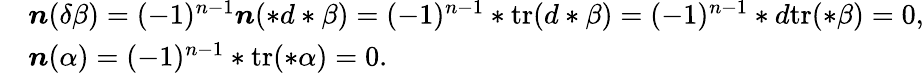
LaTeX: \begin{array}{rl}&{\boldsymbol{n}(\delta\beta)=(-1)^{n-1}\boldsymbol{n}(\ast d\ast\beta)=(-1)^{n-1}\ast\mathrm{tr}(d\ast\beta)=(-1)^{n-1}\ast d\mathrm{tr}(\ast\beta)=0,}\\ &{\boldsymbol{n}(\alpha)=(-1)^{n-1}\ast\mathrm{tr}(\ast\alpha)=0.}\end{array}